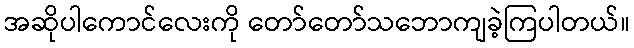
အဆိုပါကောင်လေးကို တော်တော်သဘောကျခဲ့ကြပါတယ်။